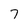
Character: 7